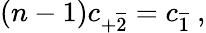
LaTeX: (n-1)c_{+\overline{{{2}}}}=c_{\overline{{{1}}}}\ ,